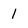
Character: 1